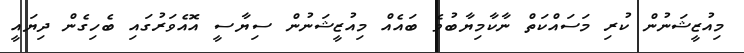
މިއުޒީޝަނުން ކުރި މަސައްކަތް ނާކާމިޔާބުވެ ބައެއް މިއުޒީޝަނުން ސިޔާސީ އޮއެވަރުގައި ބެހިގެން ދިޔައީ